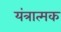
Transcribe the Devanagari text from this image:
यंत्रात्मक